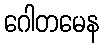
ဂေါတမေန